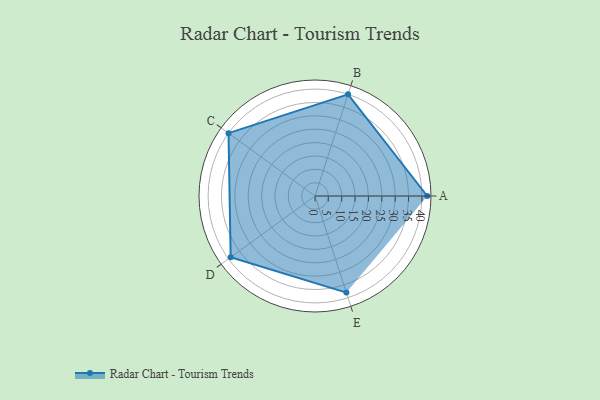
{"axis": {"x": "Skill", "y": "Score"}, "legend": ["Profile"], "data": [{"x": "A", "y": 42.0, "type": "Profile"}, {"x": "B", "y": 40.0, "type": "Profile"}, {"x": "C", "y": 40.0, "type": "Profile"}, {"x": "D", "y": 39.0, "type": "Profile"}, {"x": "E", "y": 38.0, "type": "Profile"}]}